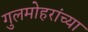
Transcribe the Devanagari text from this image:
गुलमोहरांच्या